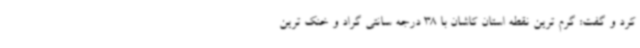
کرد و گفت: گرم ترین نقطه استان کاشان با 38 درجه سانتی گراد و خنک ترین